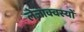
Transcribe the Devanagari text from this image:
लेजाक्वस्यों